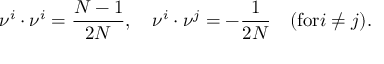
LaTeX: \nu ^ { i } \cdot \nu ^ { i } = { \frac { N - 1 } { 2 N } } , \quad \nu ^ { i } \cdot \nu ^ { j } = - { \frac { 1 } { 2 N } } \quad ( \mathrm { f o r } i \not = j ) .